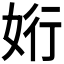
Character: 𮱀